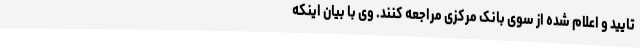
تایید و اعلام شده از سوی بانک مرکزی مراجعه کنند. وی با بیان اینکه